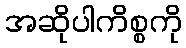
အဆိုပါကိစ္စကို